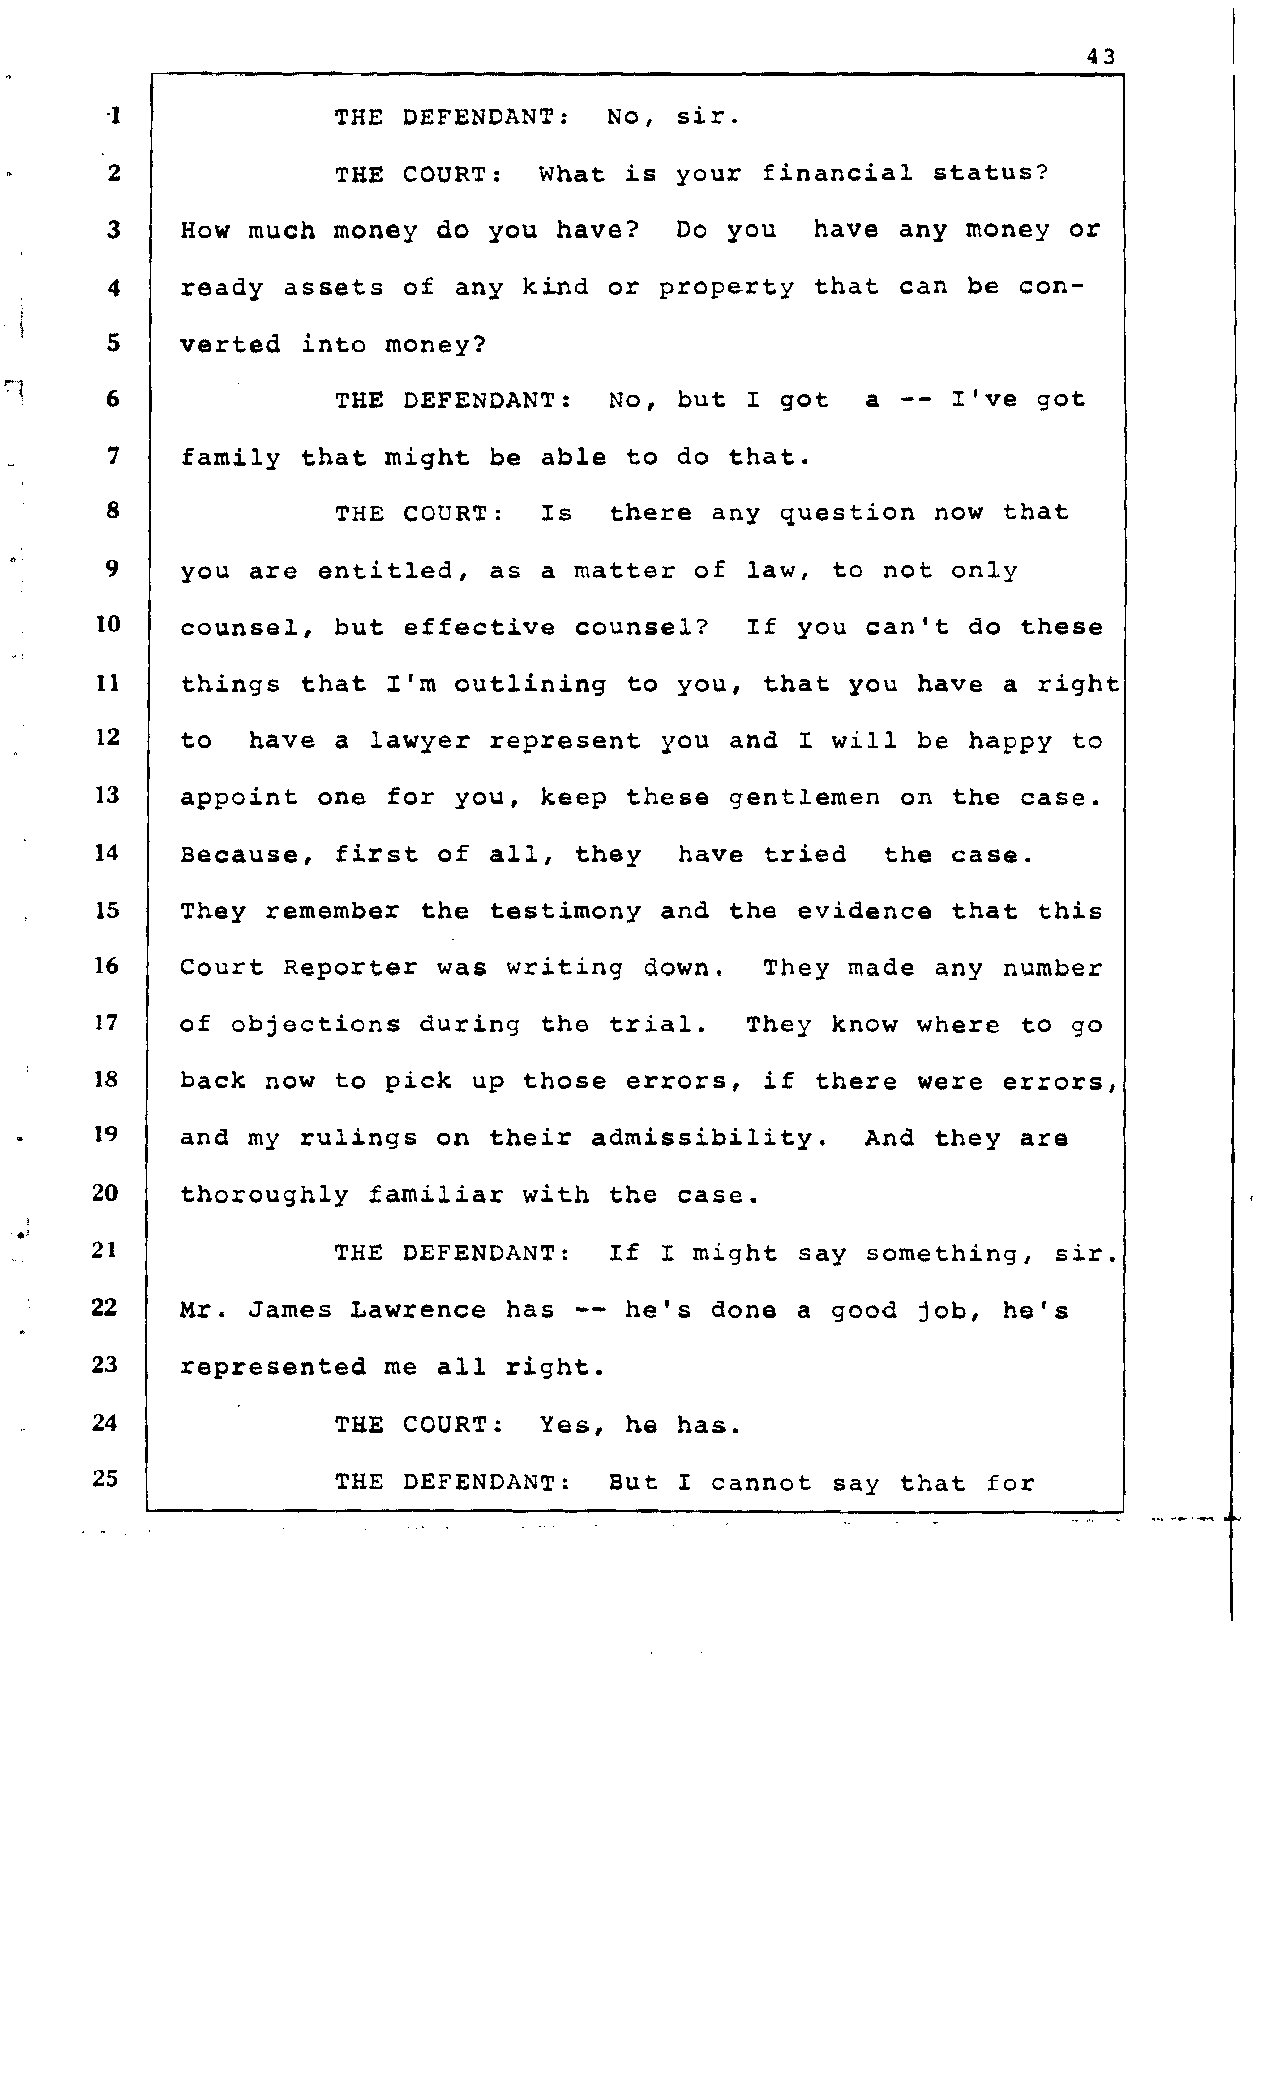
43
 1              THE  DEFENDANT:   No,  sir.
 2              THE  COURT:   What is  your financial   status?
 3    How much  money  do you  have?   Do you   have any  money  or
 4    ready  assets  of any  kind or  property  that can  be con­
 5    verted  into money?
 6              THE  DEFENDANT:   NO,  but I  got  a  -- I've  got
 7    family  that might  be  able to  do that.
 8              THE  COURT:   Is  there  any  question  now that
 9    you are  entitled,  as  a matter  of law,  to not  only
 10    counsel,  but  effective  counsel?   If  you can't  do  these
 11    things  that  I'm outlining  to  you,  that you  have a  right
 12    to   have a  lawyer represent   you and  I will  be happy  to
 13    appoint  one  for you,  keep these  gentlemen   on the  case.
 14    Because,  first  of all,  they   have  tried  the  case.
 15    They  remember  the testimony   and the  evidence  that  this
 16    Court  Reporter  was writing   down.   They made  any number
 17    of objections   during  the trial.   They  know  where  to go
 18    back  now to  pick up  those errors,   if there  were errors,
 19    and my  rulings  on their  admissibility.    And  they  are
 20    thoroughly  familiar   with the  case •
 .
 '
 21              THE  DEFENDANT:   If  I might  say something,   sir.
 22    Mr. James  Lawrence  has  -- he's  done  a good  job, he's
 23    represented  me  all right.
 24              THE  COURT:   Yes, he  has.
 25              THE  DEFENDANT:   But  I cannot  say  that for